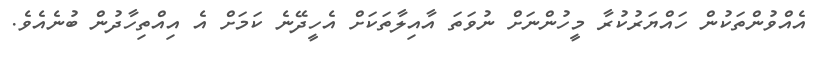
އެއްވުންތަކުން ހައްޔަރުކުރާ މީހުންނަށް ނުވަތަ އާއިލާތަކަށް އެހީދޭނެ ކަމަށް އެ އިއްތިހާދުން ބުނެއެވެ.